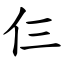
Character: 仨